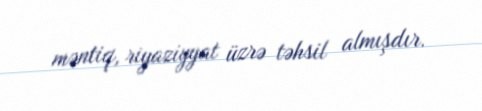
məntiq, riyaziyyat üzrə təhsil almışdır.